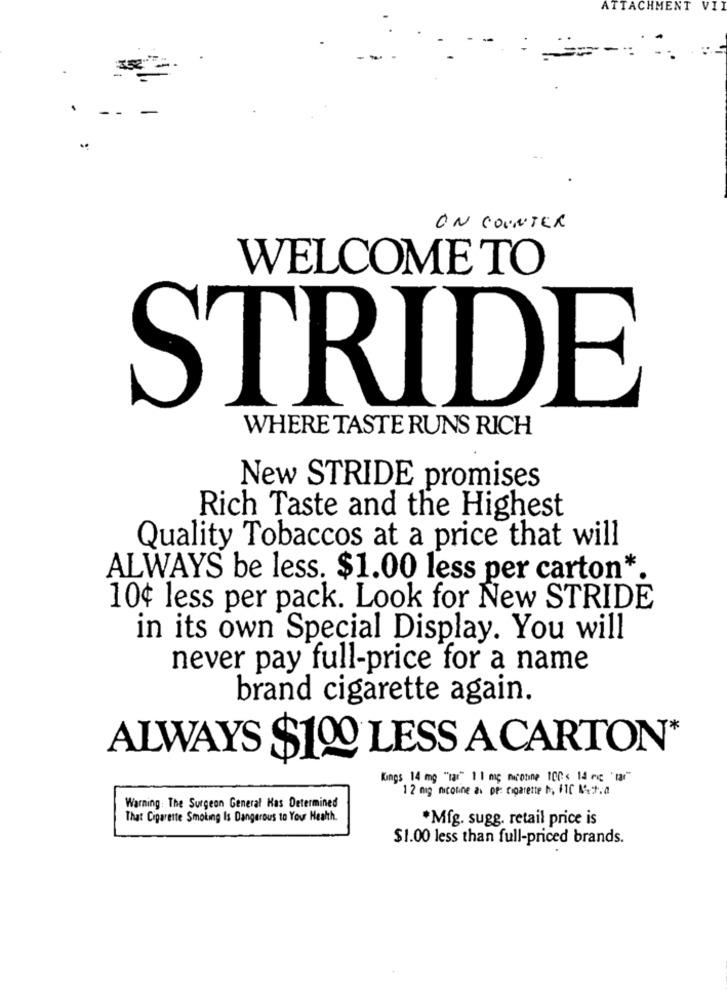
ATTACHMENT VI
.
--
-
ON COUNTER
WELCOME TO
STRIDE
WHERE TASTE RUNS RICH
New STRIDE promises
Rich Taste and the Highest
Quality Tobaccos at a price that will
ALWAYS be less. $1.00 less per carton*
10¢ less per pack. Look for New STRIDE
in its own Special Display. You will
never pay full-price for a name
brand cigarette again.
ALWAYS $100 LESS A CARTON*
Kings 14 mg "1a" 1 1 mc mucobine 100 s 14 mc 'ta"
1 2 mg nicotine as pe: cigarette N, FIC 1.7.0
Warning: The Surgeon General Has Determined
That Cigarette Smoking Is Dangerous to Your Health.
*Mfg. sugg. retail price is
$1.00 less than full-priced brands.